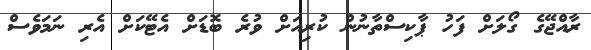
ރާއްޖޭގެ ގޯލަށް ފަހު ޕާކިސްތާނުން ކުރިއަށް ވުރެ ބޮޑަށް އެޓޭކަށް އެރި ނަމަވެސް